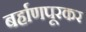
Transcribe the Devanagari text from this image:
बर्हाणपूरकर